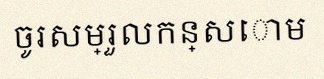
ចូរសម្រួលកន្សោម